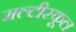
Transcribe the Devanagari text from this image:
मल्टीस्कूल